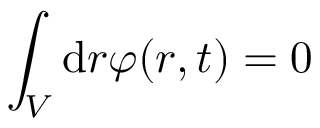
\int _ { V } \mathrm { d } \boldsymbol { r } \varphi ( \boldsymbol { r } , t ) = 0